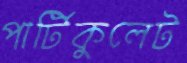
পার্টিকুলেট